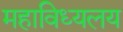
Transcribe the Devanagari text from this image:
महाविध्यलय